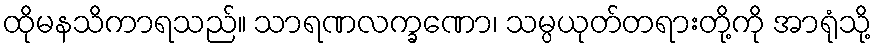
ထိုမနသိကာရသည်။ သာရဏလက္ခဏော၊ သမ္ပယုတ်တရားတို့ကို အာရုံသို့